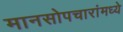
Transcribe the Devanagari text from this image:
मानसोपचारांमध्ये